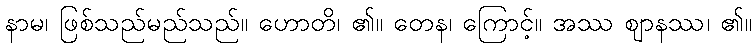
နာမ၊ ဖြစ်သည်မည်သည်။ ဟောတိ၊ ၏။ တေန၊ ကြောင့်။ အဿ ဈာနဿ၊ ၏။